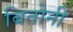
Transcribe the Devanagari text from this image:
बितोनी